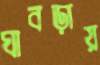
ঘাবড়ায়